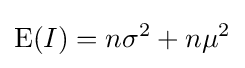
\operatorname {E} (I)=n\sigma ^{2}+n\mu ^{2}